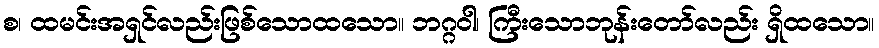
စ၊ ထမင်းအရှင်လည်းဖြစ်သောထသော။ ဘဂ္ဂဝါ၊ ကြီးသောဘုန်းတော်လည်း ရှိထသော။